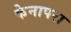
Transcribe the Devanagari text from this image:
केनापरा